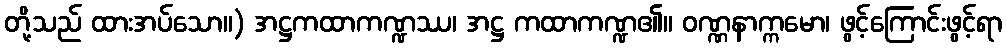
တို့သည် ထားအပ်သော။) အဋ္ဌကထာကဏ္ဍဿ၊ အဋ္ဌ ကထာကဏ္ဍ၏။ ဝဏ္ဏနာက္ကမော၊ ဖွင့်ကြောင်းဖွင့်ရာ